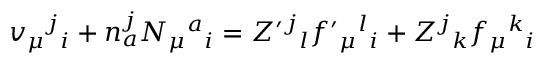
v _ { \mu } { } ^ { j } { } _ { i } + n _ { a } ^ { j } N _ { \mu } { } ^ { a } { } _ { i } = Z ^ { \prime } { } ^ { j } { } _ { l } f ^ { \prime } { } _ { \mu } { } ^ { l } { } _ { i } + Z ^ { j } { } _ { k } f _ { \mu } { } ^ { k } { } _ { i }